Civil Veterinary Department. Madras. Admin. report 1926-33 - 1926-1933
Year: 1926
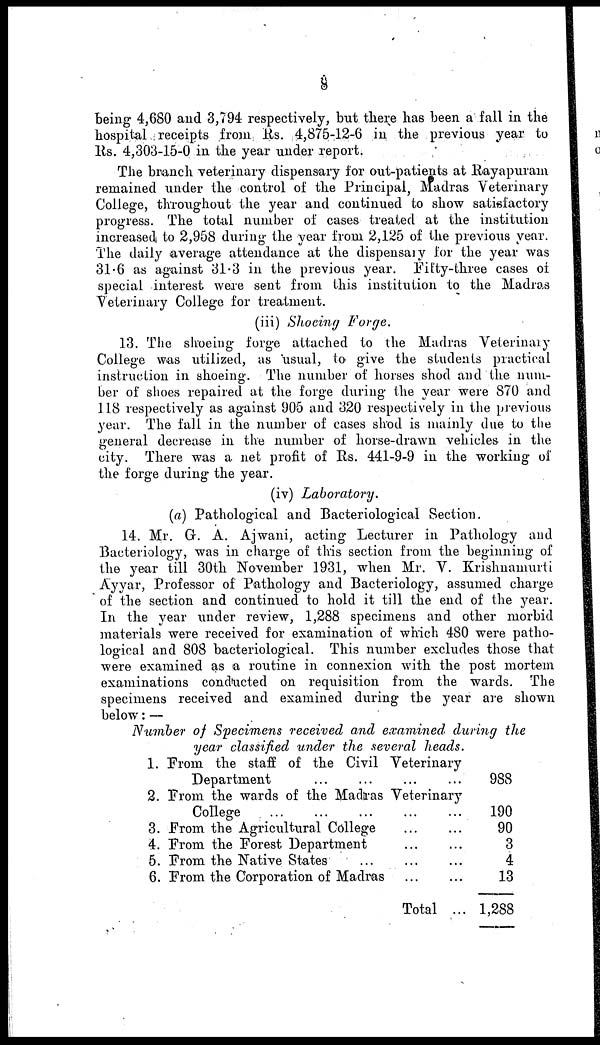
8
being 4,680 and 3,794 respectively, but there has been a fall in the
hospital receipts from lis. 4,875-12-6 in the previous year to
lis. 4,303-15-0 in the year under report.
The branch veterinary dispensary for out-patients at Rayapuram
remained under the control of the Principal, Madras Veterinary
College, throughout the year and continued to show satisfactory
progress. The total number of cases treated at the institution
increased to 2,958 during the year from 2,125 of the previous year.
The daily average attendance at the dispensary for the year was
31.6 as against 31.3 in the previous year. Fifty-three cases of
special interest were sent from this institution to the Madras
Veterinary College for treatment.
(iii) Shocing
Forge.
13. The shoeing forge attached to the Madras Veterinary
College was utilized, as usual, to give the students practical
instruction in shoeing. The number of horses shod and the num-
ber of shoes repaired at the forge during the year were 870 and
118 respectively as against 905 and 320 respectively in the previous
year. The fall in the number of cases shod is mainly due to the
general decrease in the number of horse-drawn vehicles in the
city. There was a net profit of Rs. 441-9-9 in the working of
the forge during the year.
(iv) Laboratory.
(a) Pathological and Bacteriological Section.
14. Mr. G. A. Ajwani, acting Lecturer in Pathology and
Bacteriology, was in charge of this section from the beginning of
the year till 30th November 1931, when Mr. V. Krishuamurti
Ayyar, Professor of Pathology and Bacteriology, assumed charge
of the section and continued to hold it till the end of the year.
In the year under review, 1,288 specimens and other morbid
materials were received for examination of which 480 were patho-
logical and 808 bacteriological. This number excludes those that
were examined as a routine in connexion with the post mortem
examinations conducted on requisition from the wards. The
specimens received and examined during the year are shown
below: —
Number of Specimens received and examined during the
year classified under the several heads.
1.
2.
3.
4.
5.
6.
From the staff of the Civil Veterinary
Department ... ...
... ..
From the wards of the Madras Veterinary
College
...
...
...
From the Agricultural College
From the Forest Department
From the Native States ...
From the Corporation of Madras
...
...
... ...
...
...
...
...
... ...
Total ...
988
190
90
3
4
13
1,288